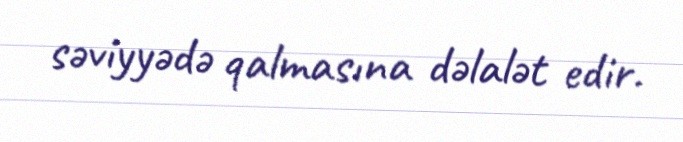
səviyyədə qalmasına dəlalət edir.